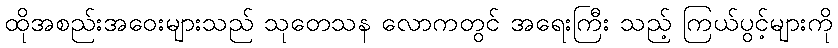
ထိုအစည်းအဝေးများသည် သုတေသန လောကတွင် အရေးကြီး သည့် ကြယ်ပွင့်များကို